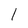
Character: l